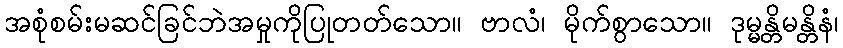
အစုံစမ်းမဆင်ခြင်ဘဲအမှုကိုပြုတတ်သော။ ဗာလံ၊ မိုက်စွာသော။ ဒုမ္မန္တိမန္တိနံ၊